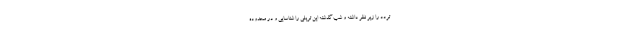
تردد را زیر نظر داشته و شب گذشته این تریلی را شناسایی و در محدوده